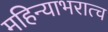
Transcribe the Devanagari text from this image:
महिन्याभरात्च